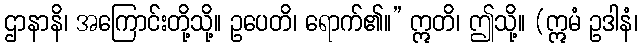
ဌာနာနိ၊ အကြောင်းတို့သို့။ ဥပေတိ၊ ရောက်၏။” ဣတိ၊ ဤသို့။ (ဣမံ ဥဒါနံ၊